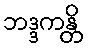
ဘဒ္ဒကန္တိ